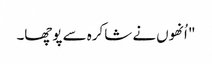
" اُنھوں نے شاکرہ سے پوچھا۔